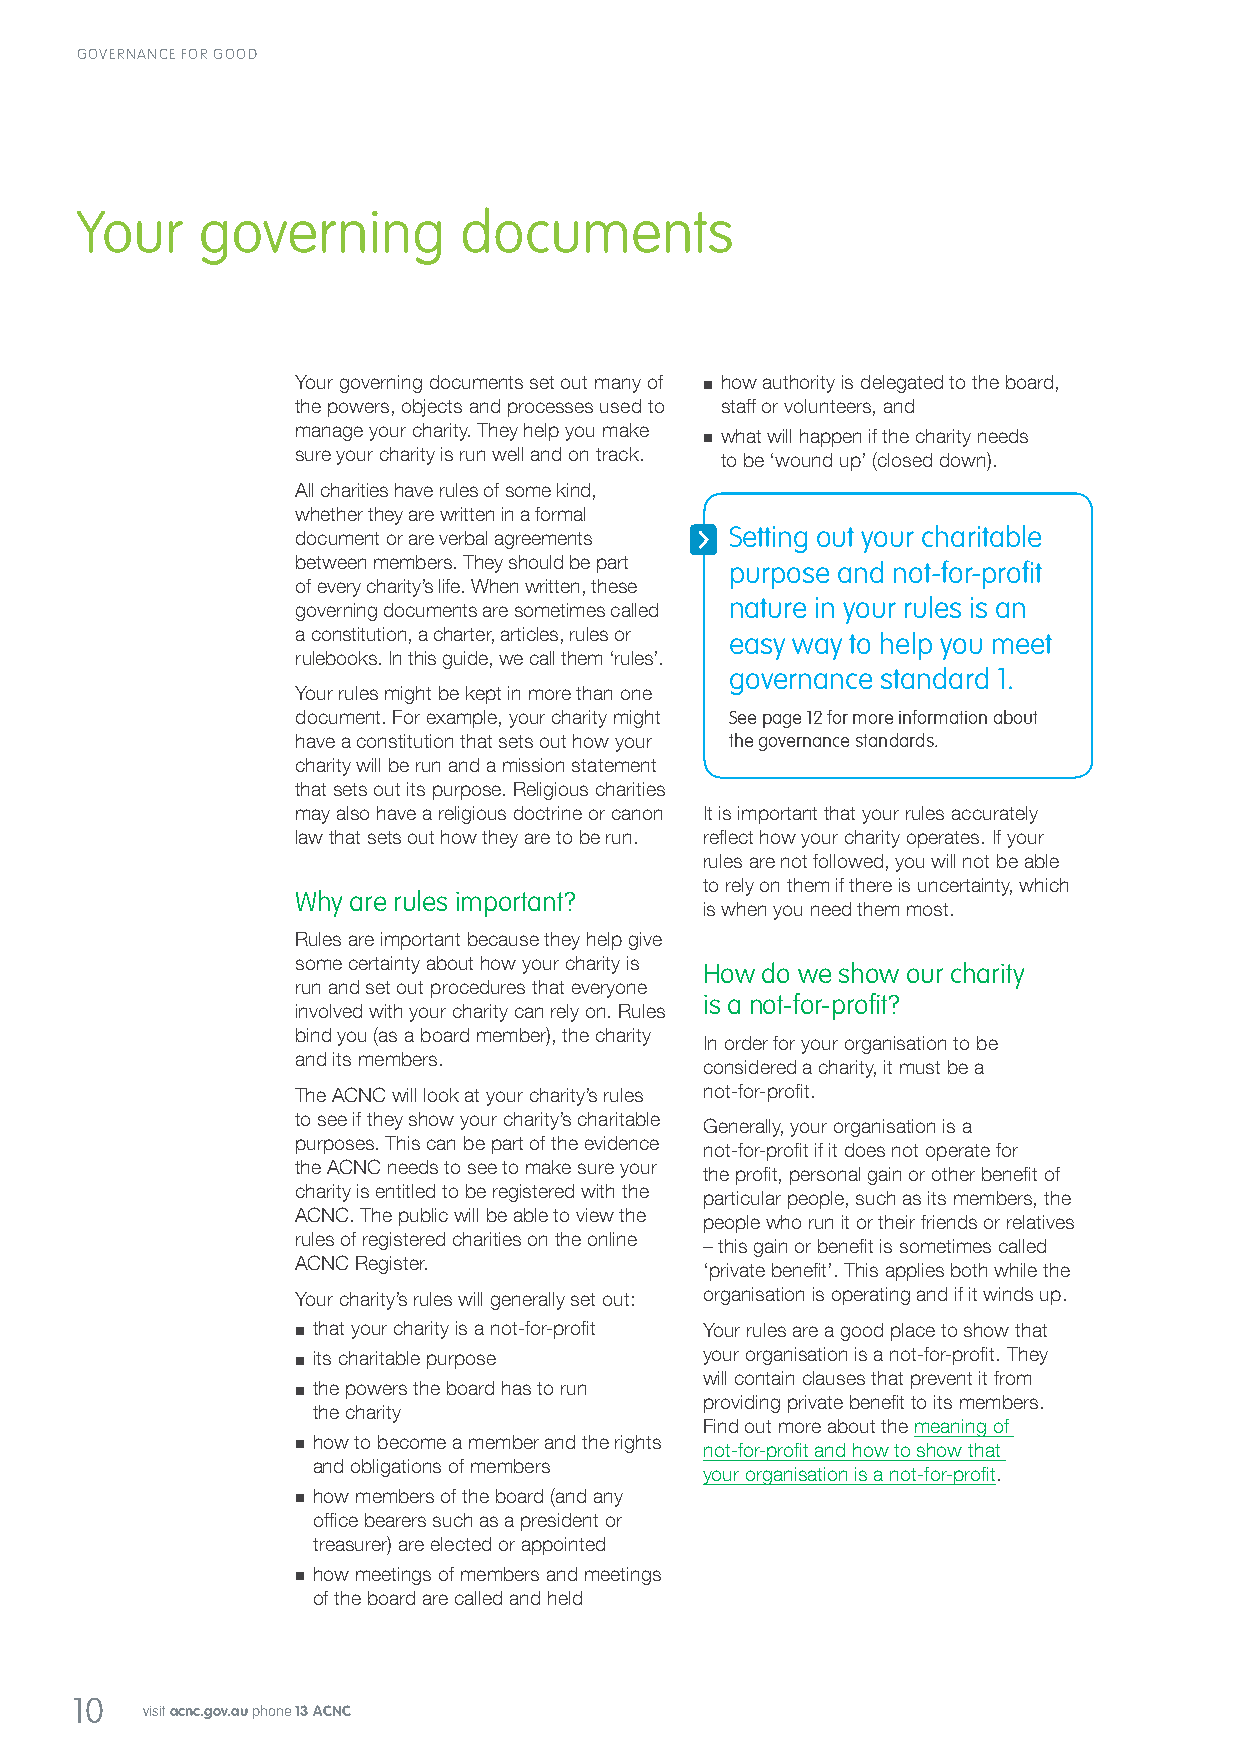
GOVERNANCE FOR GOOD
 Your    governing        documents
 Your governing documents set out many of ■ how authority is delegated to the board,
 the powers, objects and processes used to staff or volunteers, and
 manage your charity. They help you make ■ what will happen if the charity needs
 sure your charity is run well and on track. to be ‘wound up’ (closed down).
 All charities have rules of some kind,
 whether they are written in a formal
 document or are verbal agreements Setting out your charitable
 between members. They should be part
 purpose and not-for-profit
 of every charity’s life. When written, these
 governing documents are sometimes called nature in your rules is an
 a constitution, a charter, articles, rules or easy way to help you meet
 rulebooks. In this guide, we call them ‘rules’.
 governance standard 1.
 Your rules might be kept in more than one
 document. For example, your charity might See page 12 for more information about
 have a constitution that sets out how your the governance standards.
 charity will be run and a mission statement
 that sets out its purpose. Religious charities
 may also have a religious doctrine or canon It is important that your rules accurately
 law that sets out how they are to be run. reflect how your charity operates. If your
 rules are not followed, you will not be able
 to rely on them if there is uncertainty, which
 Why are rules important?
 is when you need them most.
 Rules are important because they help give
 some certainty about how your charity is
 How do we show our charity
 run and set out procedures that everyone
 is a not-for-profit?
 involved with your charity can rely on. Rules
 bind you (as a board member), the charity
 In order for your organisation to be
 and its members.
 considered a charity, it must be a
 The ACNC will look at your charity’s rules not‑for‑profit.
 to see if they show your charity’s charitable
 Generally, your organisation is a
 purposes. This can be part of the evidence
 not‑for‑profit if it does not operate for
 the ACNC needs to see to make sure your
 the profit, personal gain or other benefit of
 charity is entitled to be registered with the
 particular people, such as its members, the
 ACNC. The public will be able to view the
 people who run it or their friends or relatives
 rules of registered charities on the online
 – this gain or benefit is sometimes called
 ACNC Register.
 ‘private benefit’. This applies both while the
 Your charity’s rules will generally set out: organisation is operating and if it winds up.
 ■ that your charity is a not‑for‑profit Your rules are a good place to show that
 ■ its charitable purpose   your organisation is a not‑for‑profit. They
 will contain clauses that prevent it from
 ■ the powers the board has to run
 providing private benefit to its members.
 the charity
 Find out more about the meaning of
 ■ how to become a member and the rights not‑for‑profit and how to show that
 and obligations of members
 your organisation is a not-for-profit.
 ■ how members of the board (and any
 office bearers such as a president or
 treasurer) are elected or appointed
 ■ how meetings of members and meetings
 of the board are called and held
 10
 visit acnc.gov.au phone 13 ACNC